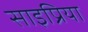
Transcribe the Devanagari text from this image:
साइप्रिया